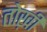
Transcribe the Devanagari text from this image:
तोख़ी